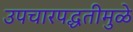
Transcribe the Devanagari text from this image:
उपचारपद्धतीमुळे